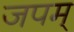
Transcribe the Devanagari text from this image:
जपम्